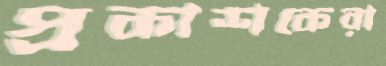
প্রকাশকেরা